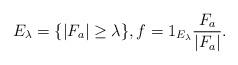
LaTeX: \begin{align*}E_\lambda = \{ |F_a| \geq \lambda \},f = 1_{E_\lambda} \frac{ F_a }{ |F_a| }.\end{align*}